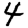
Digit: 4